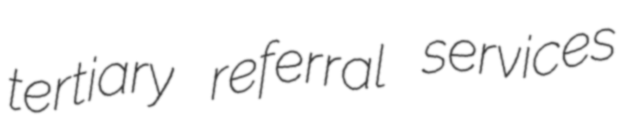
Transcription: tertiary referral services